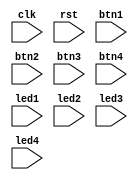
module top
(
    input             clk, rst, btn1, btn2, btn3, btn4, led1, led2, led3, led4
);

    always @ (posedge clk or posedge rst)
    begin
        //if (rst)
        //begin
        //end
        
    end

endmodule